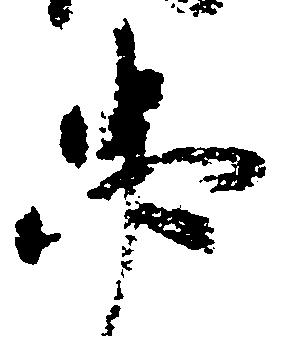
忠